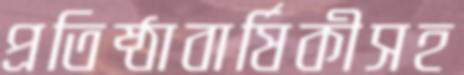
প্রতিষ্ঠাবার্ষিকীসহ